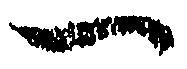
一